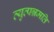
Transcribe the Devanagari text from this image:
व्युत्पन्नमति